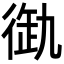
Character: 𢔞